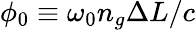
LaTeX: \phi_{0}\equiv\omega_{0}n_{g}\Delta L/c